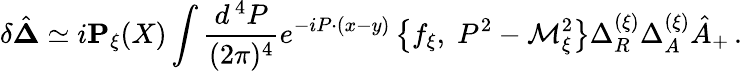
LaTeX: \delta\hat{\mathbf\Delta}\simeq i{\mathbf P}_{\xi}(X)\int\frac{d^{\, 4}P}{(2\pi)^{4}}e^{-iP\cdot(x-y)}\left\{ f_{\xi},\; P^{2}-{\cal M}_{\xi}^{2}\right\} \Delta_{R}^{(\xi)}\Delta_{A}^{(\xi)}\hat{A}_{+}\, .